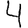
Digit: 4